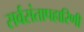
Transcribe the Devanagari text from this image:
सर्वसंतापहारिणी